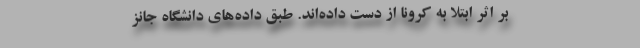
بر اثر ابتلا به کرونا از دست داده‌اند. طبق داده‌های دانشگاه جانز